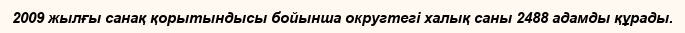
2009 жылғы санақ қорытындысы бойынша округтегі халық саны 2488 адамды құрады.